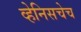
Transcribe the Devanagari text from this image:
व्हेनिसचेच